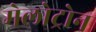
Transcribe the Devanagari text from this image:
मेलोट्रोन